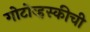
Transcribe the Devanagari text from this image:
गोटोव्हस्कीची